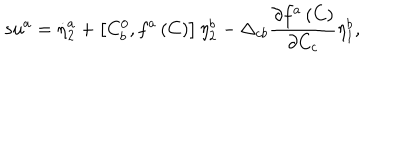
LaTeX: s u ^ { a } = \dot { \eta } _ { 2 } ^ { a } + \left[ C _ { b } ^ { 0 } , f ^ { a } \left( C \right) \right] \eta _ { 2 } ^ { b } - \Delta _ { c b } \frac { \partial f ^ { a } \left( C \right) } { \partial C _ { c } } \eta _ { 1 } ^ { b } ,